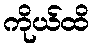
ကိုယ်ထိ